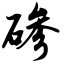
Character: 碜